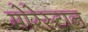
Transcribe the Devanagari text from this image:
मोरेस्टान